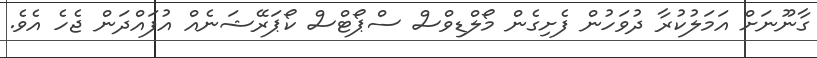
ގާނޫނަށް އަމަލުކުރާ ދުވަހުން ފެށިގެން މޯލްޑިވްސް ސްޕޯޓްސް ކޯޕަރޭޝަނެއް އުފައްދަން ޖެހެ އެވެ.